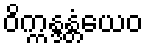
ဝိက္ကန္ဒန္တံယေဝ